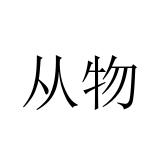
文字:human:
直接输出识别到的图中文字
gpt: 从物